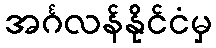
အင်္ဂလန်နိုင်ငံမှ